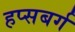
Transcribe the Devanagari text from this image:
हप्सबर्ग